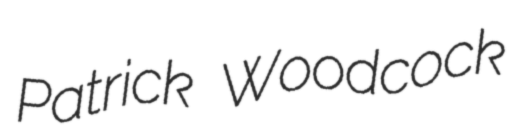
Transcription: Patrick Woodcock